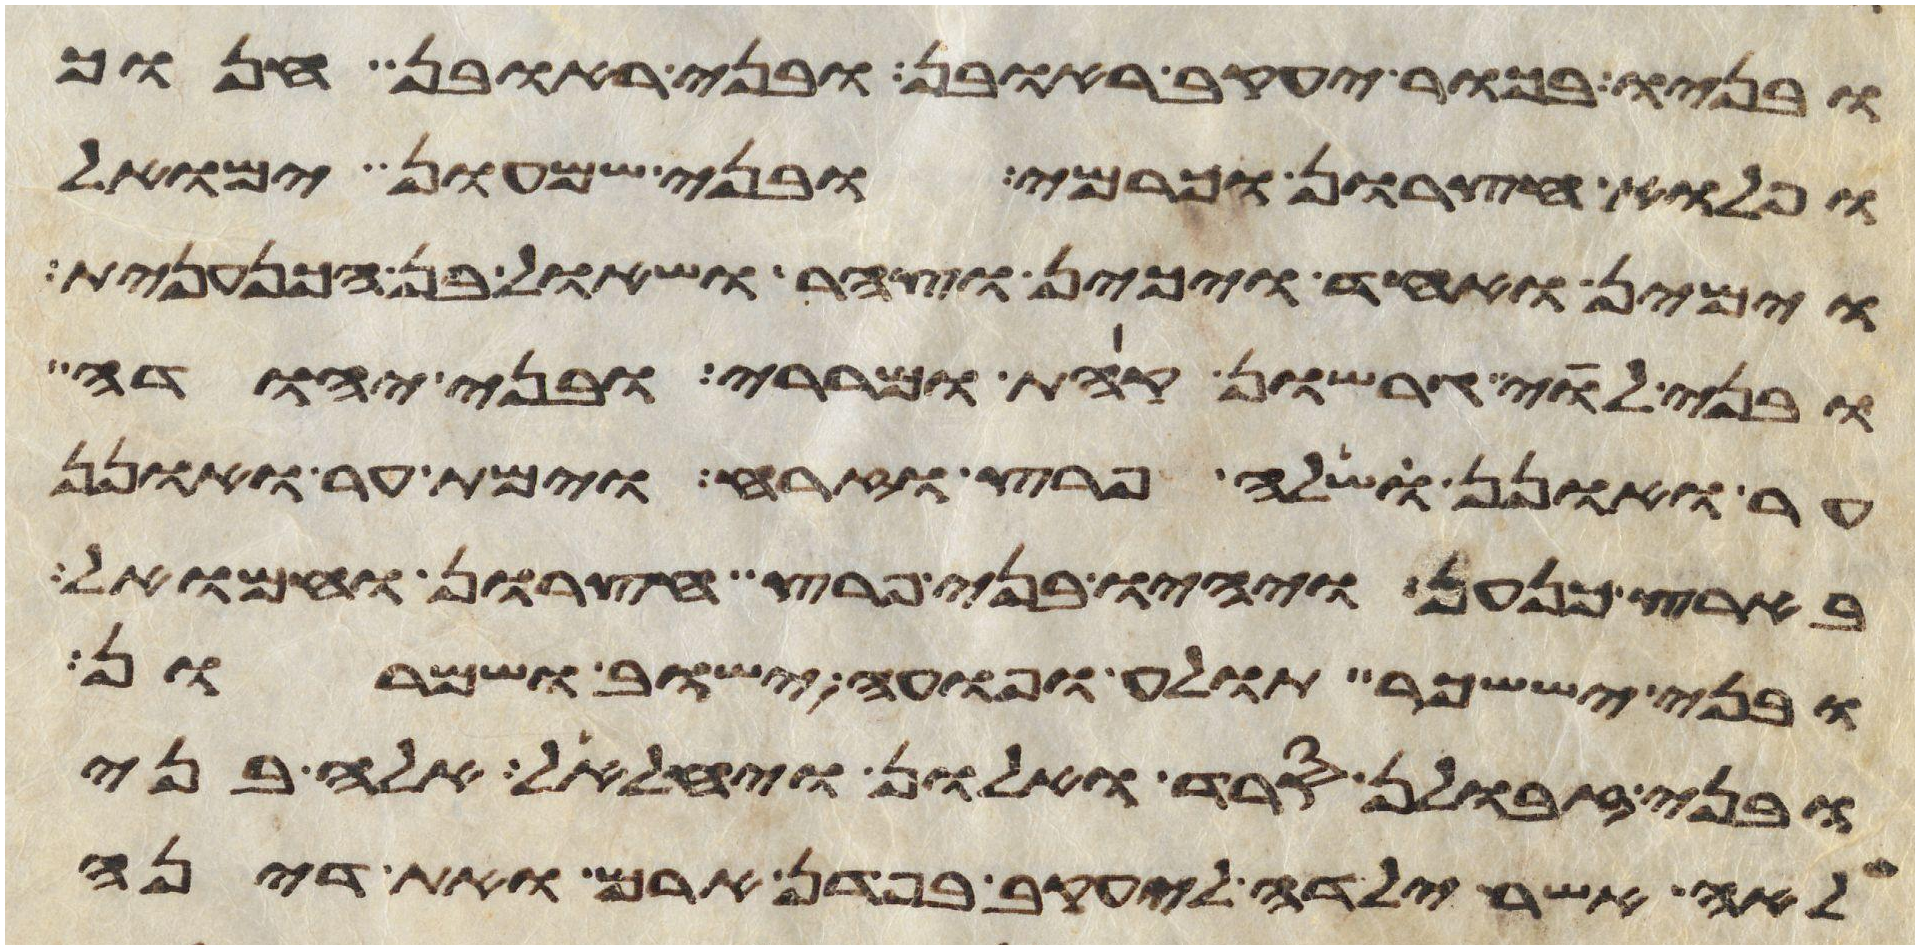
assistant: ובניו בכור יעקב ראובן ובני ראובן חנוך
ופלוא חצרון וכרמי ובני שמעון ימואל
וימין ואחד ויכין וצהר ושאול בן הכנענית
ובני לוי גרשון קהת ומררי ובני יהודה
ער ואונן שלה פרץ וזרח וימת ער ואונן
בארץ כנען ויהיו בני פרץ חצרון וחמואל
ובני יששכר תולע ופואה ישוב ושמרון
ובני זבולן סרד ואלון ויחלאל אלה בני
לאה אשר ילדה ליעקב בפדן ארם ואת דינה